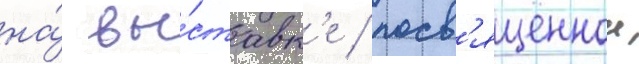
на́ вы́ставк'е / посв'ященнои